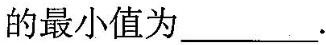
的最小值为___.